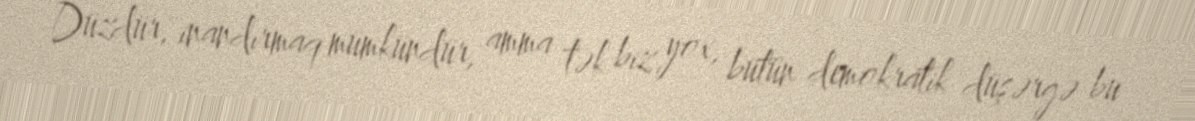
Düzdür, inandırmaq mümkündür, amma tək biz yox, bütün demokratik düşərgə bu